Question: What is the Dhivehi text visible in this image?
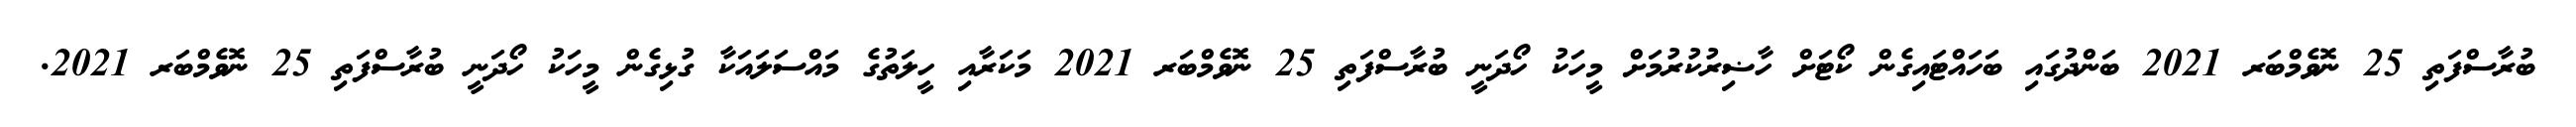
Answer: ބުރާސްފަތި 25 ނޮވެމްބަރ 2021 ބަންދުގައި ބަހައްޓައިގެން ކޯޓަށް ހާޟިރުކުރުމަށް މީހަކު ހޯދަނީ ބުރާސްފަތި 25 ނޮވެމްބަރ 2021 މަކަރާއި ހީލަތުގެ މައްސަލައަކާ ގުޅިގެން މީހަކު ހޯދަނީ ބުރާސްފަތި 25 ނޮވެމްބަރ 2021.